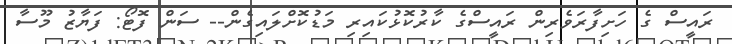
ރައީސް ގެ ހަށިފާރަވެރިން ރައީސްގެ ކާރުކޮޅުކައިރި މަޑުކޮށްލައިގެން-- ސަން ފޮޓޯ: ފަޔާޒު މޫސާ